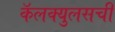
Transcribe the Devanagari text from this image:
कॅलक्युलसची